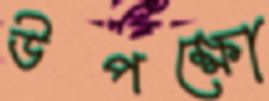
উপক্ষো